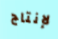
لإنتاج